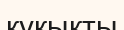
кұқықты